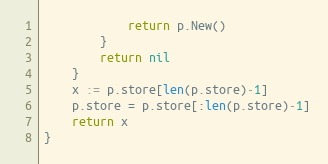
Language: Go
			return p.New()
		}
		return nil
	}
	x := p.store[len(p.store)-1]
	p.store = p.store[:len(p.store)-1]
	return x
}